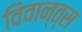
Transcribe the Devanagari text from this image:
विवान्त्स